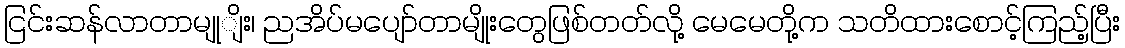
ငြင်းဆန်လာတာမျုျိး၊ ညအိပ်မပျော်တာမျိုးတွေဖြစ်တတ်လို့ မေမေတို့က သတိထားစောင့်ကြည့်ပြီး